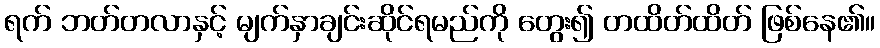
ရက် ဘတ်တလာနှင့် မျက်နှာချင်းဆိုင်ရမည်ကို တွေး၍ တထိတ်ထိတ် ဖြစ်နေ၏။